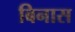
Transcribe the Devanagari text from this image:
बिनास